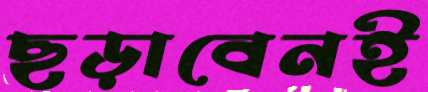
ছড়াবেনই